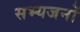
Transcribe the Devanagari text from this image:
सभ्यजनों